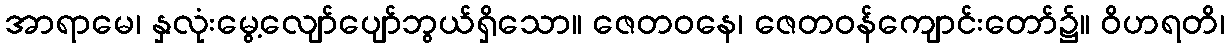
အာရာမေ၊ နှလုံးမွေ့လျော်ပျော်ဘွယ်ရှိသော။ ဇေတဝနေ၊ ဇေတဝန်ကျောင်းတော်၌။ ဝိဟရတိ၊